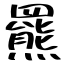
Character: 羆